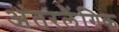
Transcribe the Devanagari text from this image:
अंतरलैंगिक